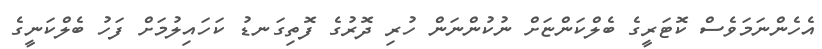
އެހެންނަމަވެސް ކޮޓަރީގެ ބެލްކަންޏަށް ނުކުންނަން ހުރި ދޮރުގެ ފޮތިގަނޑު ކަހައިލުމަށް ފަހު ބެލްކަނީގެ